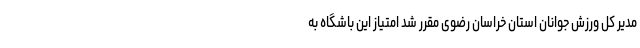
مدیر کل ورزش جوانان استان خراسان رضوی مقرر شد امتیاز این باشگاه به